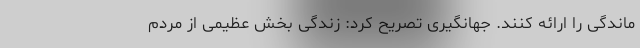
ماندگی را ارائه کنند. جهانگیری تصریح کرد: زندگی بخش عظیمی از مردم